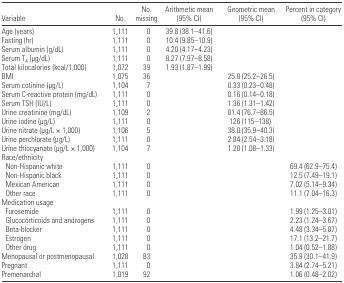
<table><thead><tr><td><b>Variable</b></td><td><b>No.</b></td><td><b>No. missing</b></td><td><b>Arithmetic mean (95% CI)</b></td><td><b>Geometric mean (95% CI)</b></td><td><b>Percent in category (95% CI)</b></td></tr></thead><tbody><tr><td>Age (years)</td><td>1,111</td><td>0</td><td>39.8 (38.1–41.6)</td><td></td><td></td></tr><tr><td>Fasting (hr)</td><td>1,111</td><td>0</td><td>10.4 (9.85–10.9)</td><td></td><td></td></tr><tr><td>Serum albumin (g/dL)</td><td>1,111</td><td>0</td><td>4.20 (4.17–4.23)</td><td></td><td></td></tr><tr><td>Serum T<sub>4</sub> (μg/dL)</td><td>1,111</td><td>0</td><td>8.27 (7.97–8.58)</td><td></td><td></td></tr><tr><td>Total kilocalories (kcal/1,000)</td><td>1,072</td><td>39</td><td>1.93 (1.87–1.99)</td><td></td><td></td></tr><tr><td>BMI</td><td>1,075</td><td>36</td><td></td><td>25.8 (25.2–26.5)</td><td></td></tr><tr><td>Serum cotinine (μg/L)</td><td>1,104</td><td>7</td><td></td><td>0.33 (0.23–0.48)</td><td></td></tr><tr><td>Serum C-reactive protein (mg/dL)</td><td>1,111</td><td>0</td><td></td><td>0.16 (0.14–0.18)</td><td></td></tr><tr><td>Serum TSH (IU/L)</td><td>1,111</td><td>0</td><td></td><td>1.36 (1.31–1.42)</td><td></td></tr><tr><td>Urine creatinine (mg/dL)</td><td>1,109</td><td>2</td><td></td><td>81.4 (76.7–86.5)</td><td></td></tr><tr><td>Urine iodine (μg/L)</td><td>1,111</td><td>0</td><td></td><td>126 (115–138)</td><td></td></tr><tr><td>Urine nitrate (μg/L × 1,000)</td><td>1,106</td><td>5</td><td></td><td>38.0 (35.9–40.3)</td><td></td></tr><tr><td>Urine perchlorate (μg/L)</td><td>1,111</td><td>0</td><td></td><td>2.84 (2.54–3.18)</td><td></td></tr><tr><td>Urine thiocyanate (μg/L × 1,000)</td><td>1,104</td><td>7</td><td></td><td>1.20 (1.08–1.33)</td><td></td></tr><tr><td colspan="6">Race/ethnicity</td></tr><tr><td> Non-Hispanic white</td><td>1,111</td><td>0</td><td></td><td></td><td>69.4 (62.9–75.4)</td></tr><tr><td> Non-Hispanic black</td><td>1,111</td><td>0</td><td></td><td></td><td>12.5 (7.49–19.1)</td></tr><tr><td> Mexican American</td><td>1,111</td><td>0</td><td></td><td></td><td>7.02 (5.14–9.34)</td></tr><tr><td> Other race</td><td>1,111</td><td>0</td><td></td><td></td><td>11.1 (7.04–16.3)</td></tr><tr><td colspan="6">Medication usage</td></tr><tr><td> Furosemide</td><td>1,111</td><td>0</td><td></td><td></td><td>1.99 (1.25–3.01)</td></tr><tr><td> Glucocorticoids and androgens</td><td>1,111</td><td>0</td><td></td><td></td><td>2.23 (1.24–3.67)</td></tr><tr><td> Beta-blocker</td><td>1,111</td><td>0</td><td></td><td></td><td>4.48 (3.34–5.87)</td></tr><tr><td> Estrogen</td><td>1,111</td><td>0</td><td></td><td></td><td>17.1 (13.2–21.7)</td></tr><tr><td> Other drug</td><td>1,111</td><td>0</td><td></td><td></td><td>1.04 (0.52–1.88)</td></tr><tr><td>Menopausal or postmenopausal</td><td>1,028</td><td>83</td><td></td><td></td><td>35.9 (30.1–41.9)</td></tr><tr><td>Pregnant</td><td>1,111</td><td>0</td><td></td><td></td><td>3.84 (2.74–5.21)</td></tr><tr><td>Premenarchal</td><td>1,019</td><td>92</td><td></td><td></td><td>1.06 (0.48–2.02)</td></tr></tbody></table>